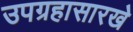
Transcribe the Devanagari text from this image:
उपग्रहासारखे